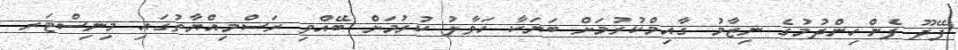
ފޭދޫ ފެންހިންދުމުގެ ނިޒާމު ގާއިމްކުރުމަށް ބަޔަކާ ހަވާލު ކުރުމަށް ބޭއްވި ރަސްމިއްޔާތުގައި މިނިސްޓަރ